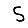
Digit: 5